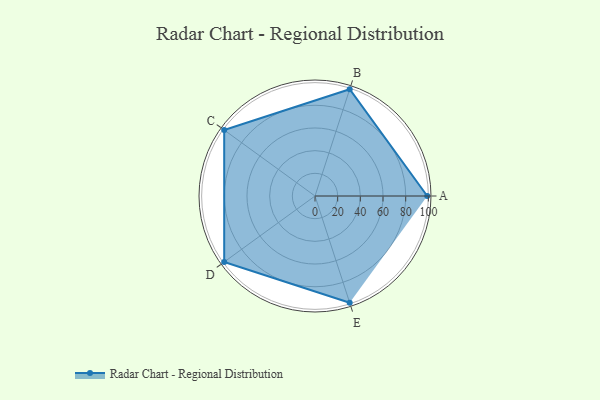
{"axis": {"x": "Skill", "y": "Score"}, "legend": ["Profile"], "data": [{"x": "A", "y": 99, "type": "Profile"}, {"x": "B", "y": 99, "type": "Profile"}, {"x": "C", "y": 99, "type": "Profile"}, {"x": "D", "y": 99, "type": "Profile"}, {"x": "E", "y": 99, "type": "Profile"}]}